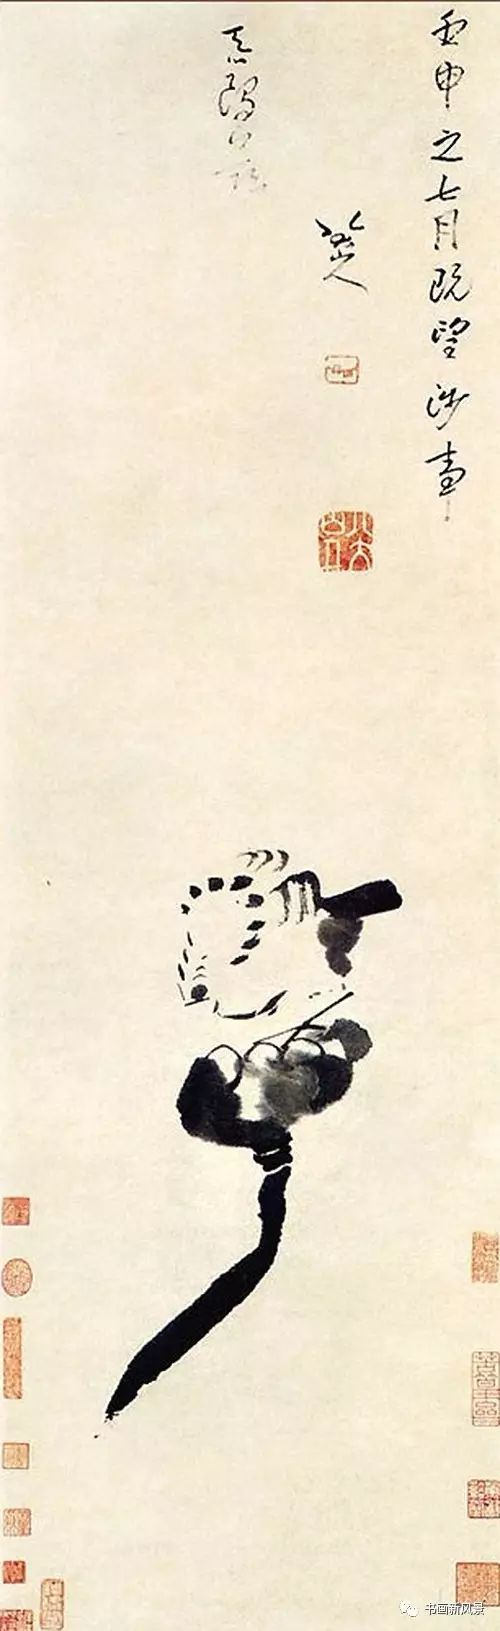
赠人以言，重于金石珠玉观人以言，美于黼黻文章听人以言，乐于钟鼓琴瑟。